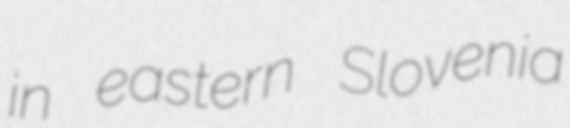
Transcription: in eastern Slovenia